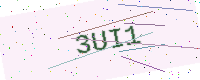
Text: 3UI1